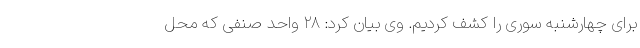
برای چهارشنبه سوری را کشف کردیم. وی بیان کرد: ۲۸ واحد صنفی که محل